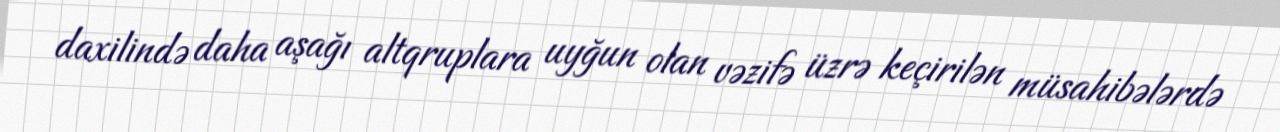
daxilində daha aşağı altqruplara uyğun olan vəzifə üzrə keçirilən müsahibələrdə